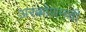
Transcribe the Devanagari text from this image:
अरक्कोणमची